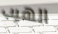
الهيب